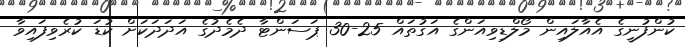
ކުންފުނީގެ އެއާލައިން މޯލްޑިވިއަންގެ އަގުތައް 25-30 ޕަސަންޓާ ދެމެދުގެ އަދަދަކަށް ކުޑަ ކުރެވިފައިވާ